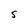
Character: S